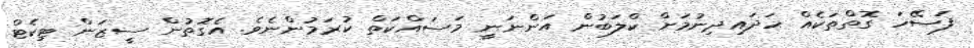
ފަސޭހަ ގޮތްތަކެއް ހަދައިދިނުމަށް ކްލަބުން އަންނަނީ މަސައްކަތް ކުރަމުންނެވެ. އެގޮތުން ސީޒަން ޓިކެޓް